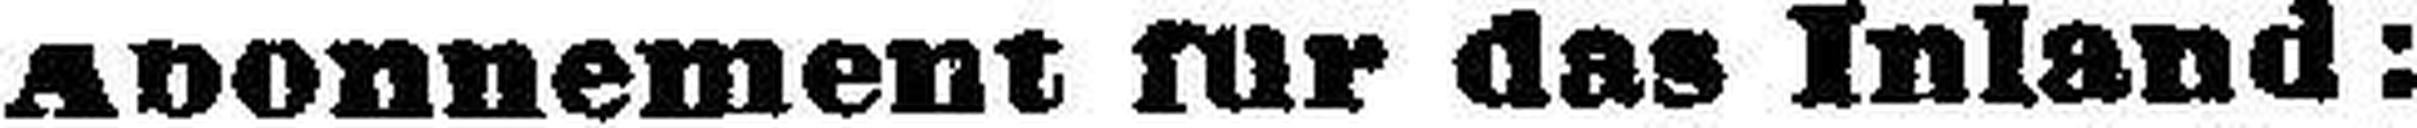
Abonnement für das Inland: